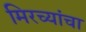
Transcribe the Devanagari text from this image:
मिरच्यांचा